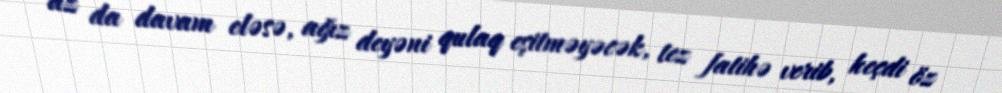
az da davam eləsə, ağız deyəni qulaq eşitməyəcək, tez fatihə verib, keçdi öz